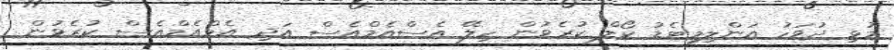
މުޅި ދުވަހު އަންލިމިޓެޑު ކޯލް ކުރެވުން ހިލޭ އެސްއެމްއެސް އަދި އެމްއެމްއެސް ކުރެވުން